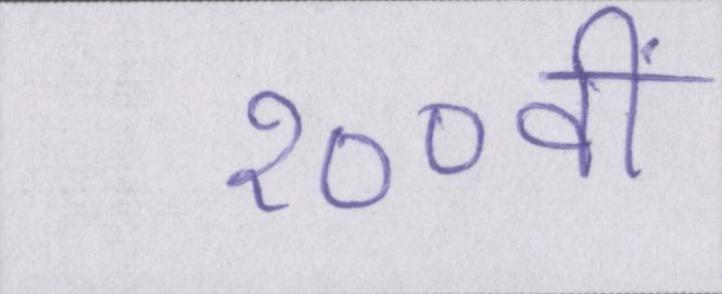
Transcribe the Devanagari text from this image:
१००वीं